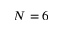
N = 6